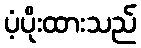
ပံ့ပိုးထားသည်